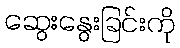
ဆွေးနွေးခြင်းကို